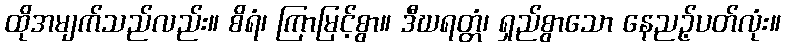
ထိုအမျက်သည်လည်း။ စိရံ၊ ကြာမြင့်စွာ။ ဒီဃရတ္တံ၊ ရှည်စွာသော နေညဉ့်ပတ်လုံး။